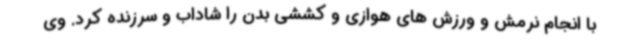
با انجام نرمش و ورزش های هوازی و کششی بدن را شاداب و سرزنده کرد. وی